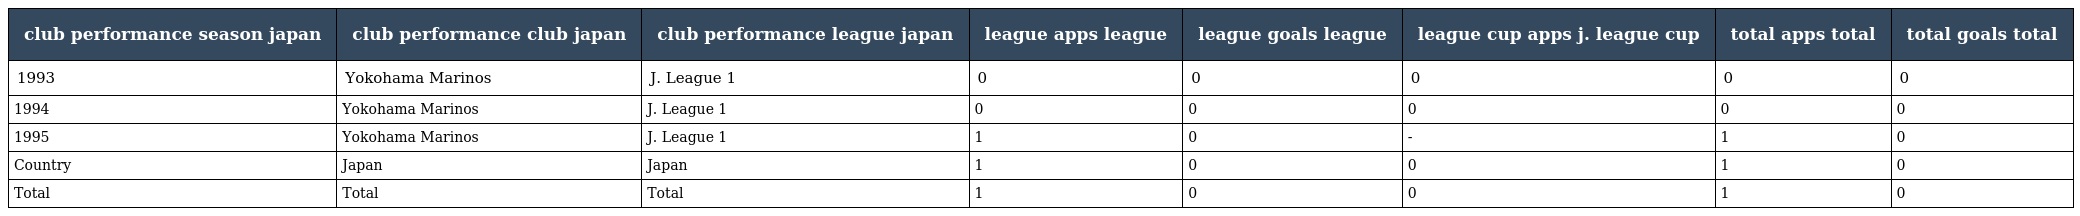
| club performance season japan | club performance club japan | club performance league japan | league apps league | league goals league | league cup apps j. league cup | total apps total | total goals total |
 | --- | --- | --- | --- | --- | --- | --- | --- |
 | 1993 | Yokohama Marinos | J. League 1 | 0 | 0 | 0 | 0 | 0 |
 | 1994 | Yokohama Marinos | J. League 1 | 0 | 0 | 0 | 0 | 0 |
 | 1995 | Yokohama Marinos | J. League 1 | 1 | 0 | - | 1 | 0 |
 | Country | Japan | Japan | 1 | 0 | 0 | 1 | 0 |
 | Total | Total | Total | 1 | 0 | 0 | 1 | 0 |